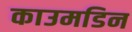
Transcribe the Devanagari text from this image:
काउमडिन